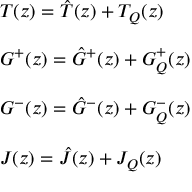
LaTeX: \begin{array} { l } { { T ( z ) = \hat { T } ( z ) + T _ { Q } ( z ) } } \\ { { \ } } \\ { { G ^ { + } ( z ) = \hat { G } ^ { + } ( z ) + G _ { Q } ^ { + } ( z ) } } \\ { { \ } } \\ { { G ^ { - } ( z ) = \hat { G } ^ { - } ( z ) + G _ { Q } ^ { - } ( z ) } } \\ { { \ } } \\ { { J ( z ) = \hat { J } ( z ) + J _ { Q } ( z ) } } \end{array}